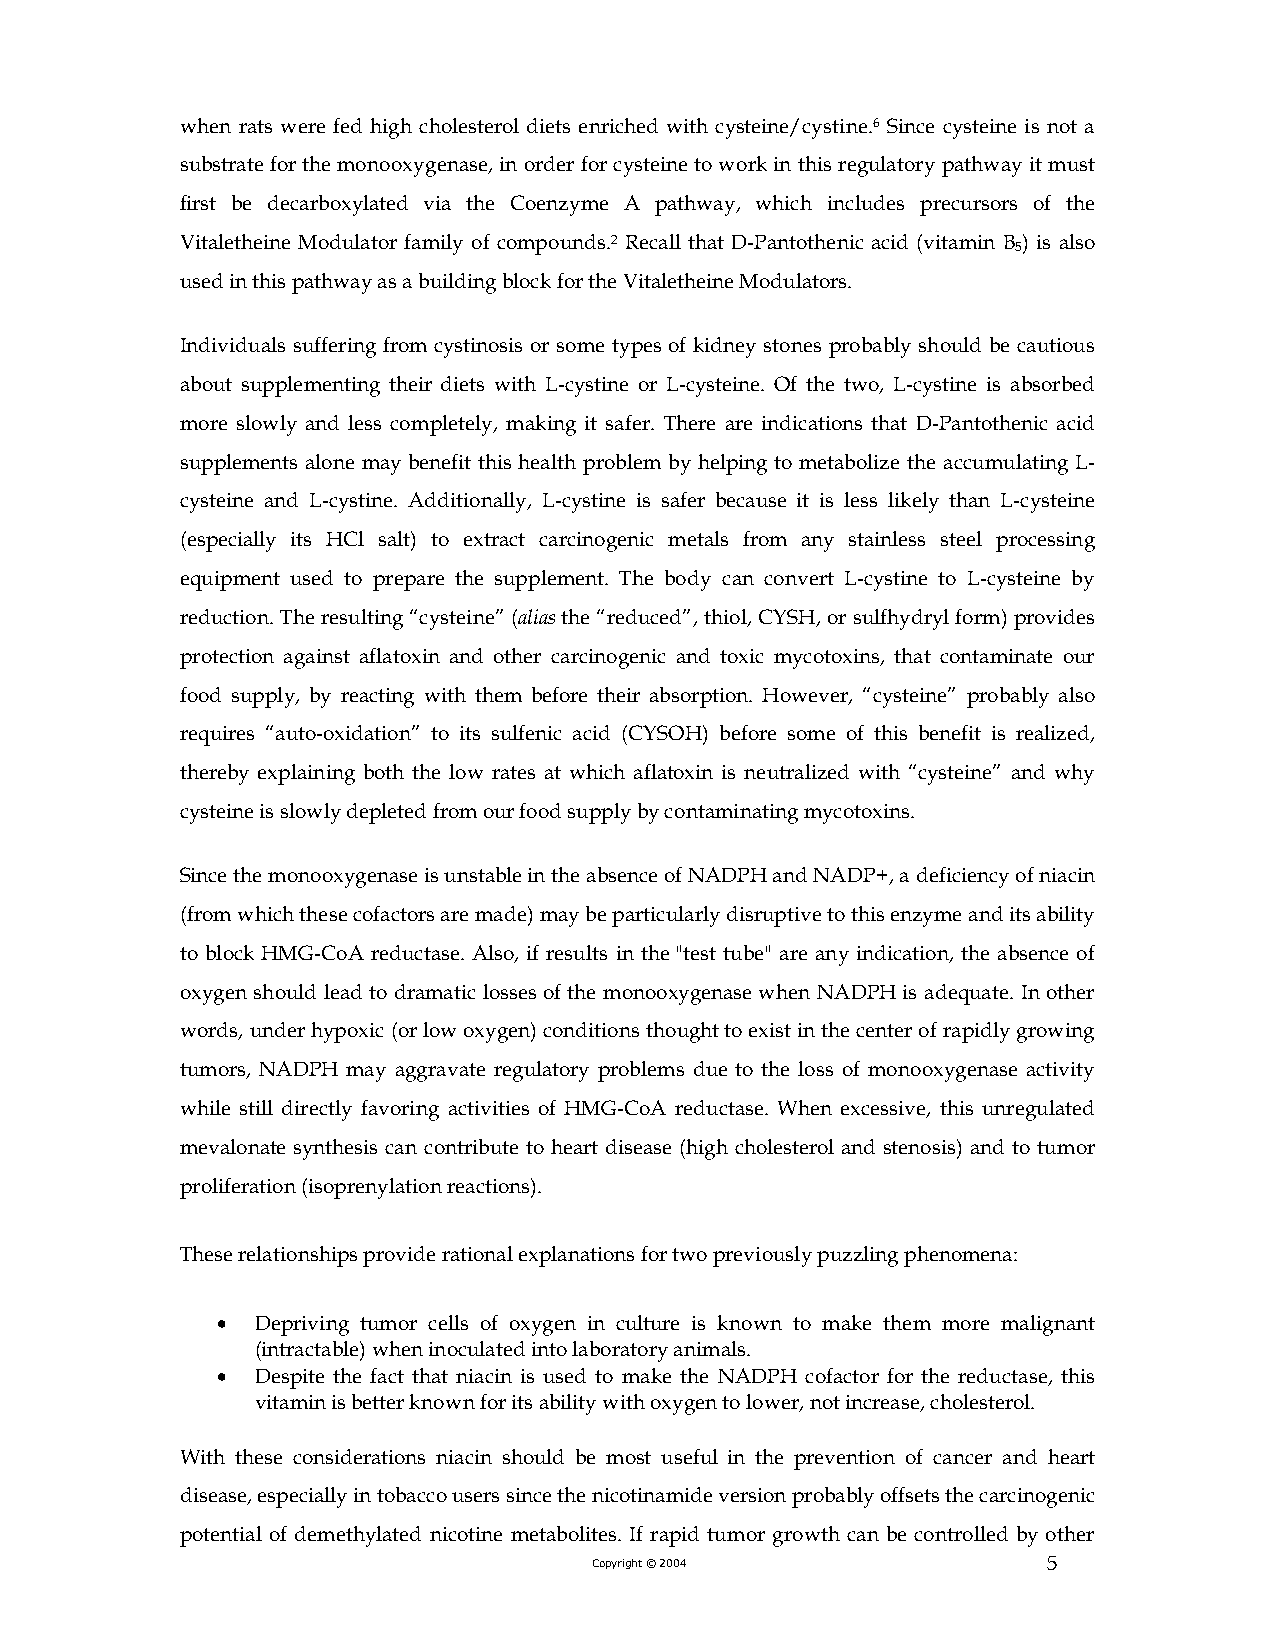
when rats were fed high cholesterol diets enriched with cysteine/cystine.6 Since cysteine is not a
 substrate for the monooxygenase, in order for cysteine to work in this regulatory pathway it must
 first be decarboxylated via the Coenzyme A pathway, which includes precursors of the
 Vitaletheine Modulator family of compounds.2 Recall that D-Pantothenic acid (vitamin B ) is also
 5
 used in this pathway as a building block for the Vitaletheine Modulators.
 Individuals suffering from cystinosis or some types of kidney stones probably should be cautious
 about supplementing their diets with L-cystine or L-cysteine. Of the two, L-cystine is absorbed
 more slowly and less completely, making it safer. There are indications that D-Pantothenic acid
 supplements alone may benefit this health problem by helping to metabolize the accumulating L-
 cysteine and L-cystine. Additionally, L-cystine is safer because it is less likely than L-cysteine
 (especially its HCl salt) to extract carcinogenic metals from any stainless steel processing
 equipment used to prepare the supplement. The body can convert L-cystine to L-cysteine by
 reduction. The resulting “cysteine” (alias the “reduced”, thiol, CYSH, or sulfhydryl form) provides
 protection against aflatoxin and other carcinogenic and toxic mycotoxins, that contaminate our
 food supply, by reacting with them before their absorption. However, “cysteine” probably also
 requires “auto-oxidation” to its sulfenic acid (CYSOH) before some of this benefit is realized,
 thereby explaining both the low rates at which aflatoxin is neutralized with “cysteine” and why
 cysteine is slowly depleted from our food supply by contaminating mycotoxins.
 Since the monooxygenase is unstable in the absence of NADPH and NADP+, a deficiency of niacin
 (from which these cofactors are made) may be particularly disruptive to this enzyme and its ability
 to block HMG-CoA reductase. Also, if results in the "test tube" are any indication, the absence of
 oxygen should lead to dramatic losses of the monooxygenase when NADPH is adequate. In other
 words, under hypoxic (or low oxygen) conditions thought to exist in the center of rapidly growing
 tumors, NADPH may aggravate regulatory problems due to the loss of monooxygenase activity
 while still directly favoring activities of HMG-CoA reductase. When excessive, this unregulated
 mevalonate synthesis can contribute to heart disease (high cholesterol and stenosis) and to tumor
 proliferation (isoprenylation reactions).
 These relationships provide rational explanations for two previously puzzling phenomena:
 •  Depriving tumor cells of oxygen in culture is known to make them more malignant
 (intractable) when inoculated into laboratory animals.
 •  Despite the fact that niacin is used to make the NADPH cofactor for the reductase, this
 vitamin is better known for its ability with oxygen to lower, not increase, cholesterol.
 With these considerations niacin should be most useful in the prevention of cancer and heart
 disease, especially in tobacco users since the nicotinamide version probably offsets the carcinogenic
 potential of demethylated nicotine metabolites. If rapid tumor growth can be controlled by other
 Copyright © 2004              5